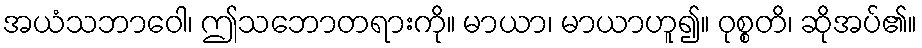
အယံသဘာဝေါ၊ ဤသဘောတရားကို။ မာယာ၊ မာယာဟူ၍။ ဝုစ္စတိ၊ ဆိုအပ်၏။